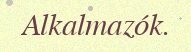
Alkalmazók.